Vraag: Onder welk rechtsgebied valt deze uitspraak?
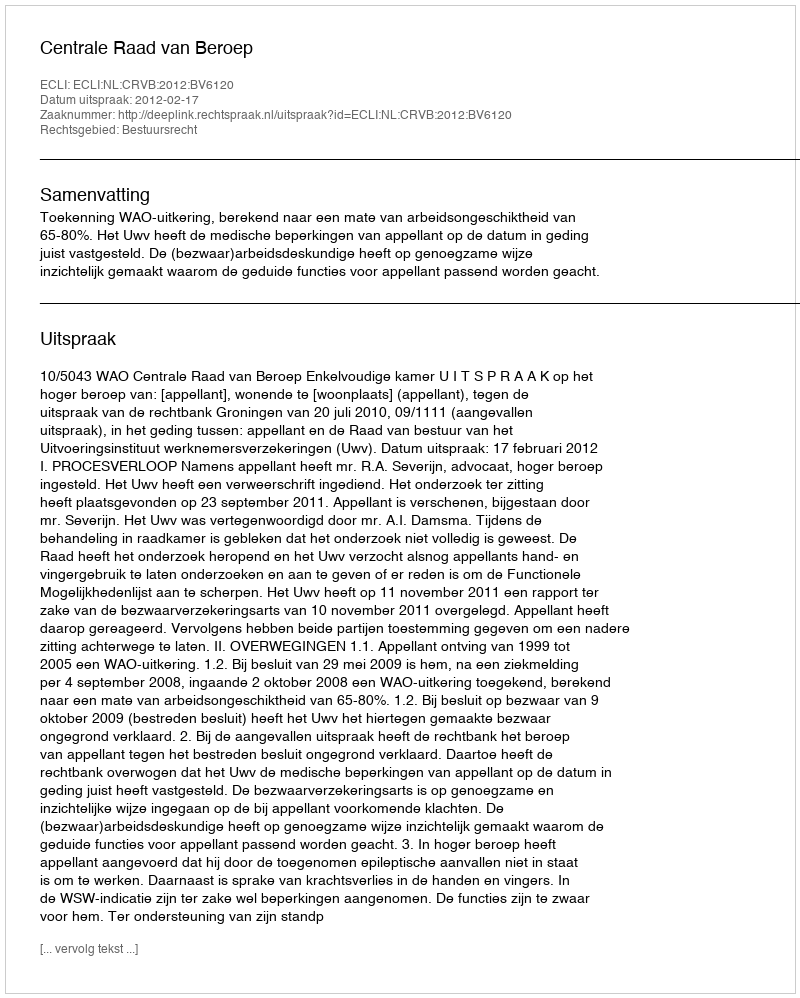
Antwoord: Bestuursrecht